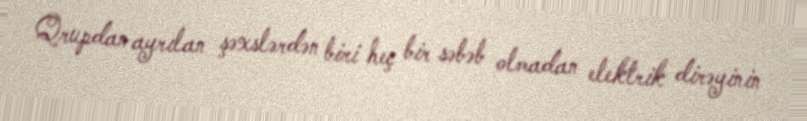
Qrupdan ayrılan şəxslərdən biri heç bir səbəb olmadan elektrik dirəyinin